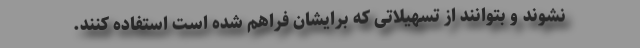
نشوند و بتوانند از تسهیلاتی که برایشان فراهم شده است استفاده کنند.